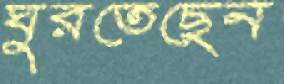
ঘুরতেছেন